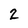
Character: 2